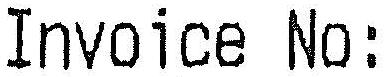
INVOICE NO: